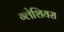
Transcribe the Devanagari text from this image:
ग्लेशियस